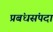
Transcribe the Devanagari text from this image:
प्रबंधसंपदा